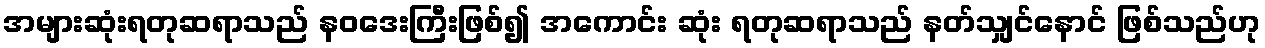
အများဆုံးရတုဆရာသည် နဝဒေးကြီးဖြစ်၍ အကောင်း ဆုံး ရတုဆရာသည် နတ်သျှင်နောင် ဖြစ်သည်ဟု